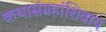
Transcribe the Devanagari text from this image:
कथासंग्रहांशिवाय